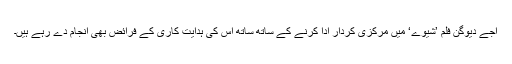
اجے دیوگن فلم ’شیوے‘ میں مرکزی کردار ادا کرنے کے ساتھ ساتھ اس کی ہدایت کاری کے فرائض بھی انجام دے رہے ہیں۔